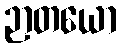
ဉာတယော